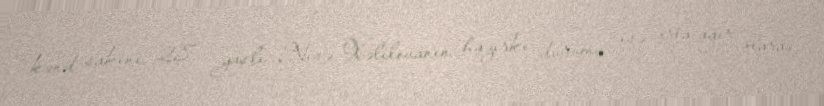
kənd sakini, 28 yaşlı Nisə Xəlilovanın hazırkı durumu isə orta ağır olaraq